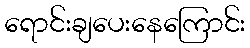
ရောင်းချပေးနေကြောင်း